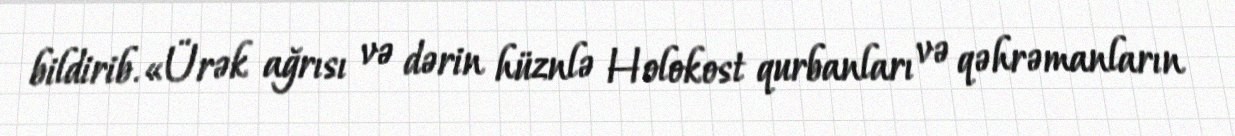
bildirib.«Ürək ağrısı və dərin hüznlə Holokost qurbanları və qəhrəmanların